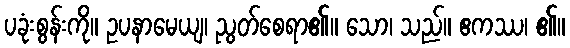
ပခုံးစွန်းကို။ ဥပနာမေယျ၊ ညွတ်စေရာ၏။ သော၊ သည်။ ဧကဿ၊ ၏။